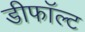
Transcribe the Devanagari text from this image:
डीफॉल्ट